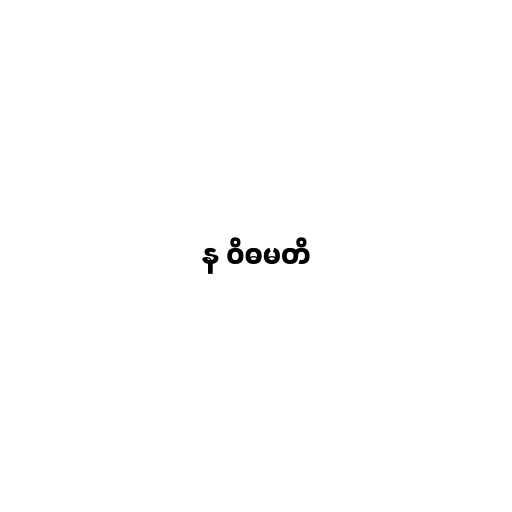
န ဝိဓမတိ